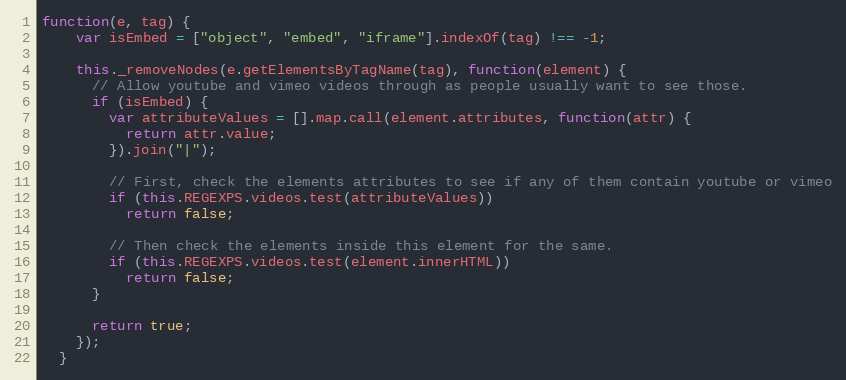
Language: JavaScript
function(e, tag) {
    var isEmbed = ["object", "embed", "iframe"].indexOf(tag) !== -1;

    this._removeNodes(e.getElementsByTagName(tag), function(element) {
      // Allow youtube and vimeo videos through as people usually want to see those.
      if (isEmbed) {
        var attributeValues = [].map.call(element.attributes, function(attr) {
          return attr.value;
        }).join("|");

        // First, check the elements attributes to see if any of them contain youtube or vimeo
        if (this.REGEXPS.videos.test(attributeValues))
          return false;

        // Then check the elements inside this element for the same.
        if (this.REGEXPS.videos.test(element.innerHTML))
          return false;
      }

      return true;
    });
  }